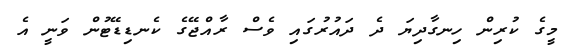
މީގެ ކުރިން ހިނގާދިޔަ ދެ ދައުރުގައި ވެސް ރާއްޖޭގެ ކެނޑިޑޭޓުން ވަނީ އެ